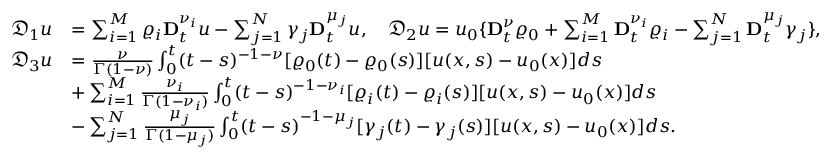
\begin{array} { r l } { \mathfrak { D } _ { 1 } u } & { = \sum _ { i = 1 } ^ { M } \varrho _ { i } \mathbf { D } _ { t } ^ { \nu _ { i } } u - \sum _ { j = 1 } ^ { N } \gamma _ { j } \mathbf { D } _ { t } ^ { \mu _ { j } } u , \quad \mathfrak { D } _ { 2 } u = u _ { 0 } \{ \mathbf { D } _ { t } ^ { \nu } \varrho _ { 0 } + \sum _ { i = 1 } ^ { M } \mathbf { D } _ { t } ^ { \nu _ { i } } \varrho _ { i } - \sum _ { j = 1 } ^ { N } \mathbf { D } _ { t } ^ { \mu _ { j } } \gamma _ { j } \} , } \\ { \mathfrak { D } _ { 3 } u } & { = \frac { \nu } { \Gamma ( 1 - \nu ) } \int _ { 0 } ^ { t } ( t - s ) ^ { - 1 - \nu } [ \varrho _ { 0 } ( t ) - \varrho _ { 0 } ( s ) ] [ u ( x , s ) - u _ { 0 } ( x ) ] d s } \\ & { + \sum _ { i = 1 } ^ { M } \frac { \nu _ { i } } { \Gamma ( 1 - \nu _ { i } ) } \int _ { 0 } ^ { t } ( t - s ) ^ { - 1 - \nu _ { i } } [ \varrho _ { i } ( t ) - \varrho _ { i } ( s ) ] [ u ( x , s ) - u _ { 0 } ( x ) ] d s } \\ & { - \sum _ { j = 1 } ^ { N } \frac { \mu _ { j } } { \Gamma ( 1 - \mu _ { j } ) } \int _ { 0 } ^ { t } ( t - s ) ^ { - 1 - \mu _ { j } } [ \gamma _ { j } ( t ) - \gamma _ { j } ( s ) ] [ u ( x , s ) - u _ { 0 } ( x ) ] d s . } \end{array}